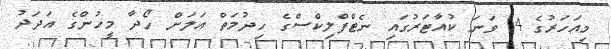
މިއަހަރުގެ 4 ވަނަ ކުއާޓަރުގައި ނެޓްފްލިކްސްގެ ހިދުމަތް އަލަށް ހޯދާ މީހުންގެ އަދަދު